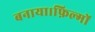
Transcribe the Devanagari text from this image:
बनाया।फ़िल्मों